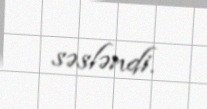
səsləndi.